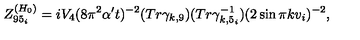
Z _ { 9 5 _ { i } } ^ { ( H _ { 0 } ) } = i V _ { 4 } ( 8 \pi ^ { 2 } \alpha ^ { \prime } t ) ^ { - 2 } ( T r \gamma _ { k , 9 } ) ( T r \gamma _ { k , 5 _ { i } } ^ { - 1 } ) ( 2 \sin \pi k v _ { i } ) ^ { - 2 } ,